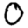
Digit: 0